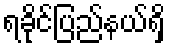
ရခိုင်ပြည်နယ်ရှိ